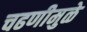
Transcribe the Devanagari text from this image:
चढणीमुळे